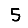
Digit: 5